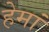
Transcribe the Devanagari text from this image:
हेमां